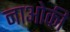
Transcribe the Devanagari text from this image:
नाओकी